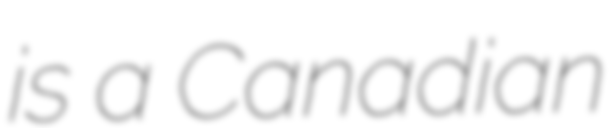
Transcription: is a Canadian